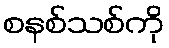
စနစ်သစ်ကို